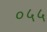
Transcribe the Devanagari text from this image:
०५५